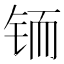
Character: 𲇼